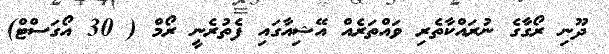
ދޫނި ރޯގާގެ ނުރައްކާތެރި ވައްތަރެއް އޭޝިއާގައި ފެތުރެނީ ރޯމް ( 30 އޯގަސްޓް)